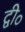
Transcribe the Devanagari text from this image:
द्वी॰